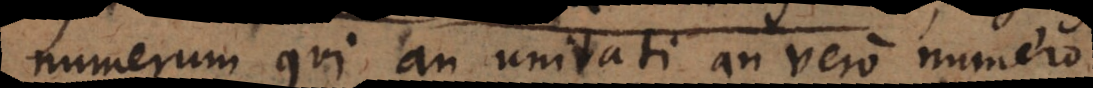
numerum qui an unitati an vero numero